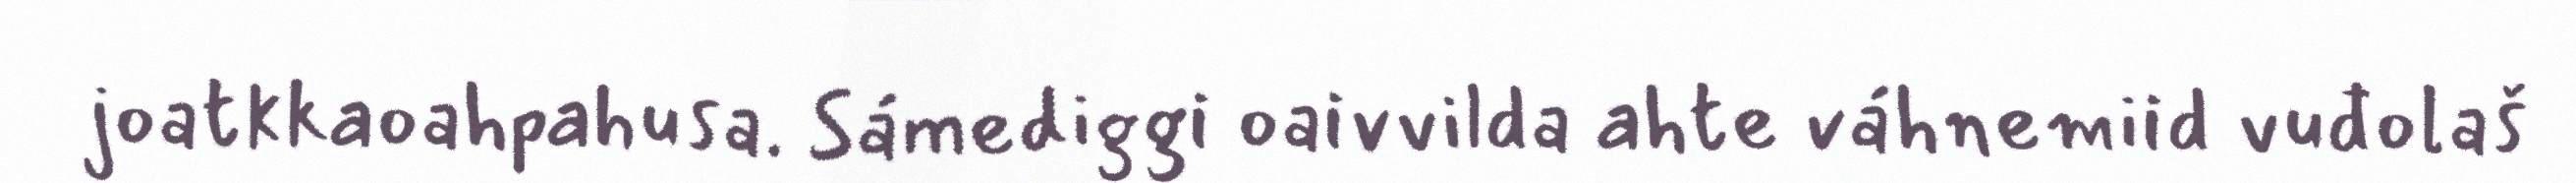
joatkkaoahpahusa. Sámediggi oaivvilda ahte váhnemiid vuđolaš